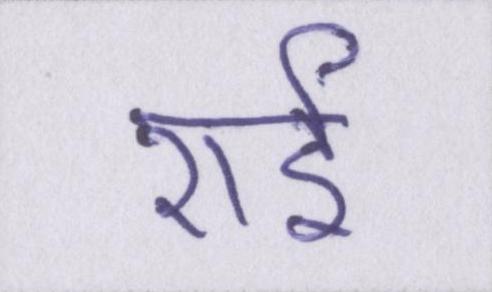
राई